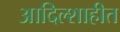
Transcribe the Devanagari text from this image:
आदिल्शाहीत